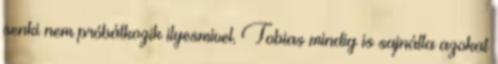
senki nem próbálkozik ilyesmivel. Tobias mindig is sajnálta azokat